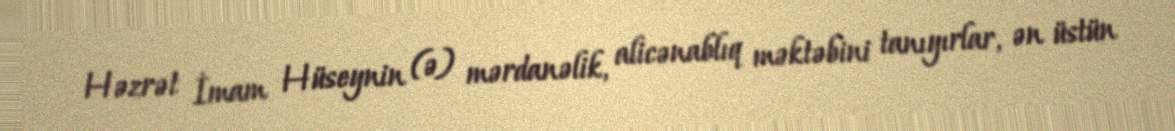
Həzrət İmam Hüseynin (ə) mərdanəlik, alicənablıq məktəbini tanıyırlar, ən üstün